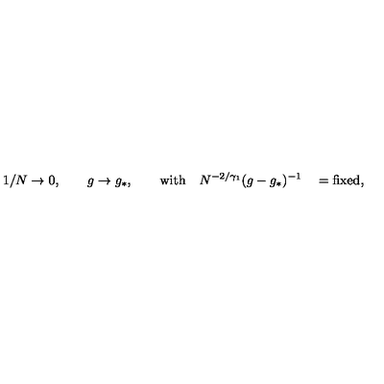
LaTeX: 1 / N \rightarrow 0 , \qquad g \rightarrow g _ { * } , \qquad \mathrm { w i t h } \quad N ^ { - 2 / \gamma _ { 1 } } ( g - g _ { * } ) ^ { - 1 } \quad = \mathrm { f i x e d , }